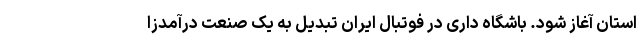
استان آغاز شود. باشگاه داری در فوتبال ایران تبدیل به یک صنعت درآمدزا